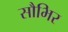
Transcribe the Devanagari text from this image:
सौभिर